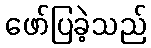
ဖော်ပြခဲ့သည်